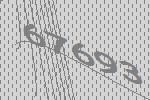
67693